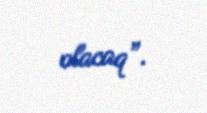
olacaq”.